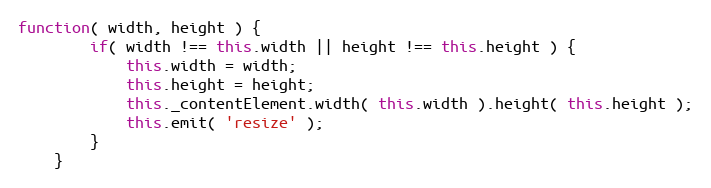
Language: JavaScript
function( width, height ) {
		if( width !== this.width || height !== this.height ) {
			this.width = width;
			this.height = height;
			this._contentElement.width( this.width ).height( this.height );
			this.emit( 'resize' );
		}
	}